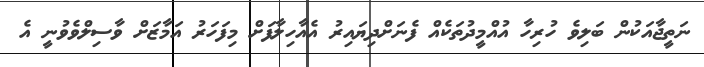
ނަތީޖާއަކުން ބަލިވެ ހުރިހާ އުއްމީދުތަކެއް ފެނަށްދިޔައިރު އެއާހިލާފަށް މިފަހަރު އަމާޒަށް ވާސިލްވެވުނީ އެ